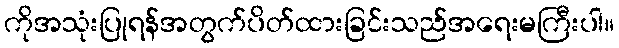
ကိုအသုံးပြုရန်အတွက်ပိတ်ထားခြင်းသည်အရေးမကြီးပါ။